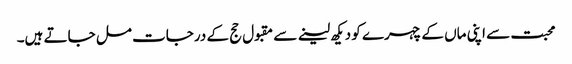
محبت سے اپنی ماں کے چہرے کو دیکھ لینے سے مقبول حج کے درجات مل جاتے ہیں۔